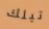
تيلك